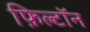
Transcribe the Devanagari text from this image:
फ़िल्टॉन